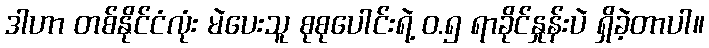
ဒါဟာ တစ်နိုင်ငံလုံး မဲပေးသူ စုစုပေါင်းရဲ့ ၀.၅ ရာခိုင်နှုန်းပဲ ရှိခဲ့တာပါ။